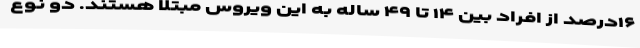
۱۶درصد از افراد بین ۱۴ تا ۴۹ ساله به این ویروس مبتلا هستند. دو نوع